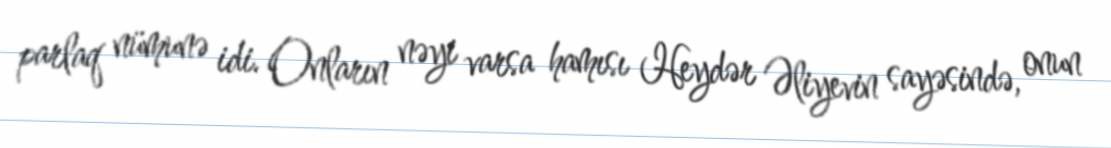
parlaq nümunə idi. Onların nəyi varsa hamısı Heydər Əliyevin sayəsində, onun